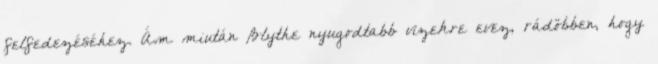
felfedezéséhez. Ám miután Blythe nyugodtabb vizekre evez, rádöbben, hogy